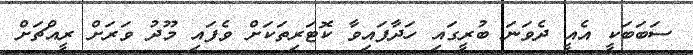
ސަބަބަކީ އެއީ ދެވަނަ ބުރީގައި ހަދާފައިވާ ކޮޓަރިތަކަށް ވެފައި މޫދު ވަރަށް ރީއްޗަށް